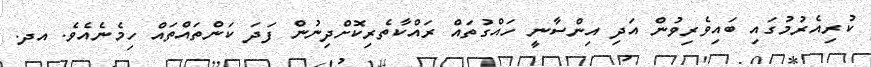
ކުރިއެރުމުގައި ބައިވެރިވުން އަދި އިންސާނީ ހައްގުތައް ރައްކާތެރިކޮށްދިނުން ފަދަ ކަންތައްތައް ހިމެނެއެވެ. އދ.